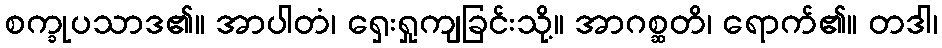
စက္ခုပသာဒ၏။ အာပါတံ၊ ရှေးရှုကျခြင်းသို့။ အာဂစ္ဆတိ၊ ရောက်၏။ တဒါ၊